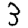
Digit: 3